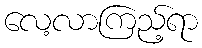
လေ့လာကြည့်ရာ